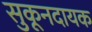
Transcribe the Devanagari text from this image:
सुकूनदायक